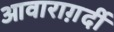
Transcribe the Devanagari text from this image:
आवाराग़र्दी